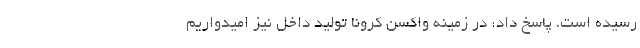
رسیده است، پاسخ داد: در زمینه واکسن کرونا تولید داخل نیز امیدواریم